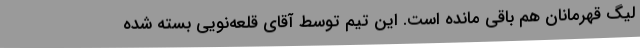
لیگ قهرمانان هم باقی مانده است. این تیم توسط آقای قلعه‌نویی بسته شده